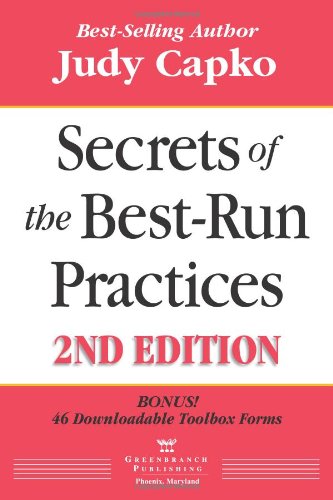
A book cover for Secrets of the Best-Run Practices, 2nd Edition; Judy Capko; Medical Books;